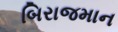
બિરાજમાન